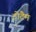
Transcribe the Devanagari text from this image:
टोटैम